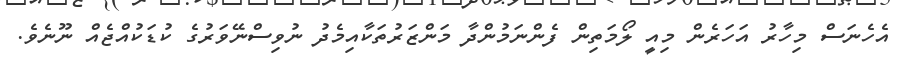
އެހެނަސް މިހާރު އަހަރެން މިއީ ލޯމަތިން ފެންނަމުންދާ މަންޒަރުތަކާއިމެދު ނުވިސްނޭވަރުގެ ކުޑަކުއްޖެއް ނޫނެވެ.